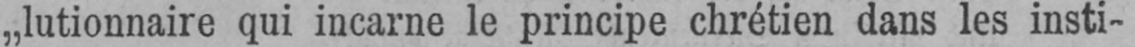
„lutionnaire qui incarne le principe chrétien dans les insti-